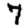
Digit: 7